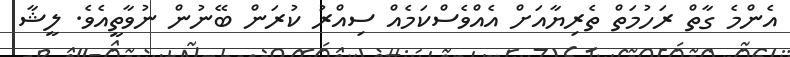
އެންމެ ގާތް ރަހުމަތް ތެރިޔާއަށް އެއްވެސްކަމެއް ސިއްރު ކުރަން ބޭނުން ނުވާތީއެވެ. ލީޝާ